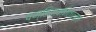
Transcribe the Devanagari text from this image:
पण्डितावनितालताः